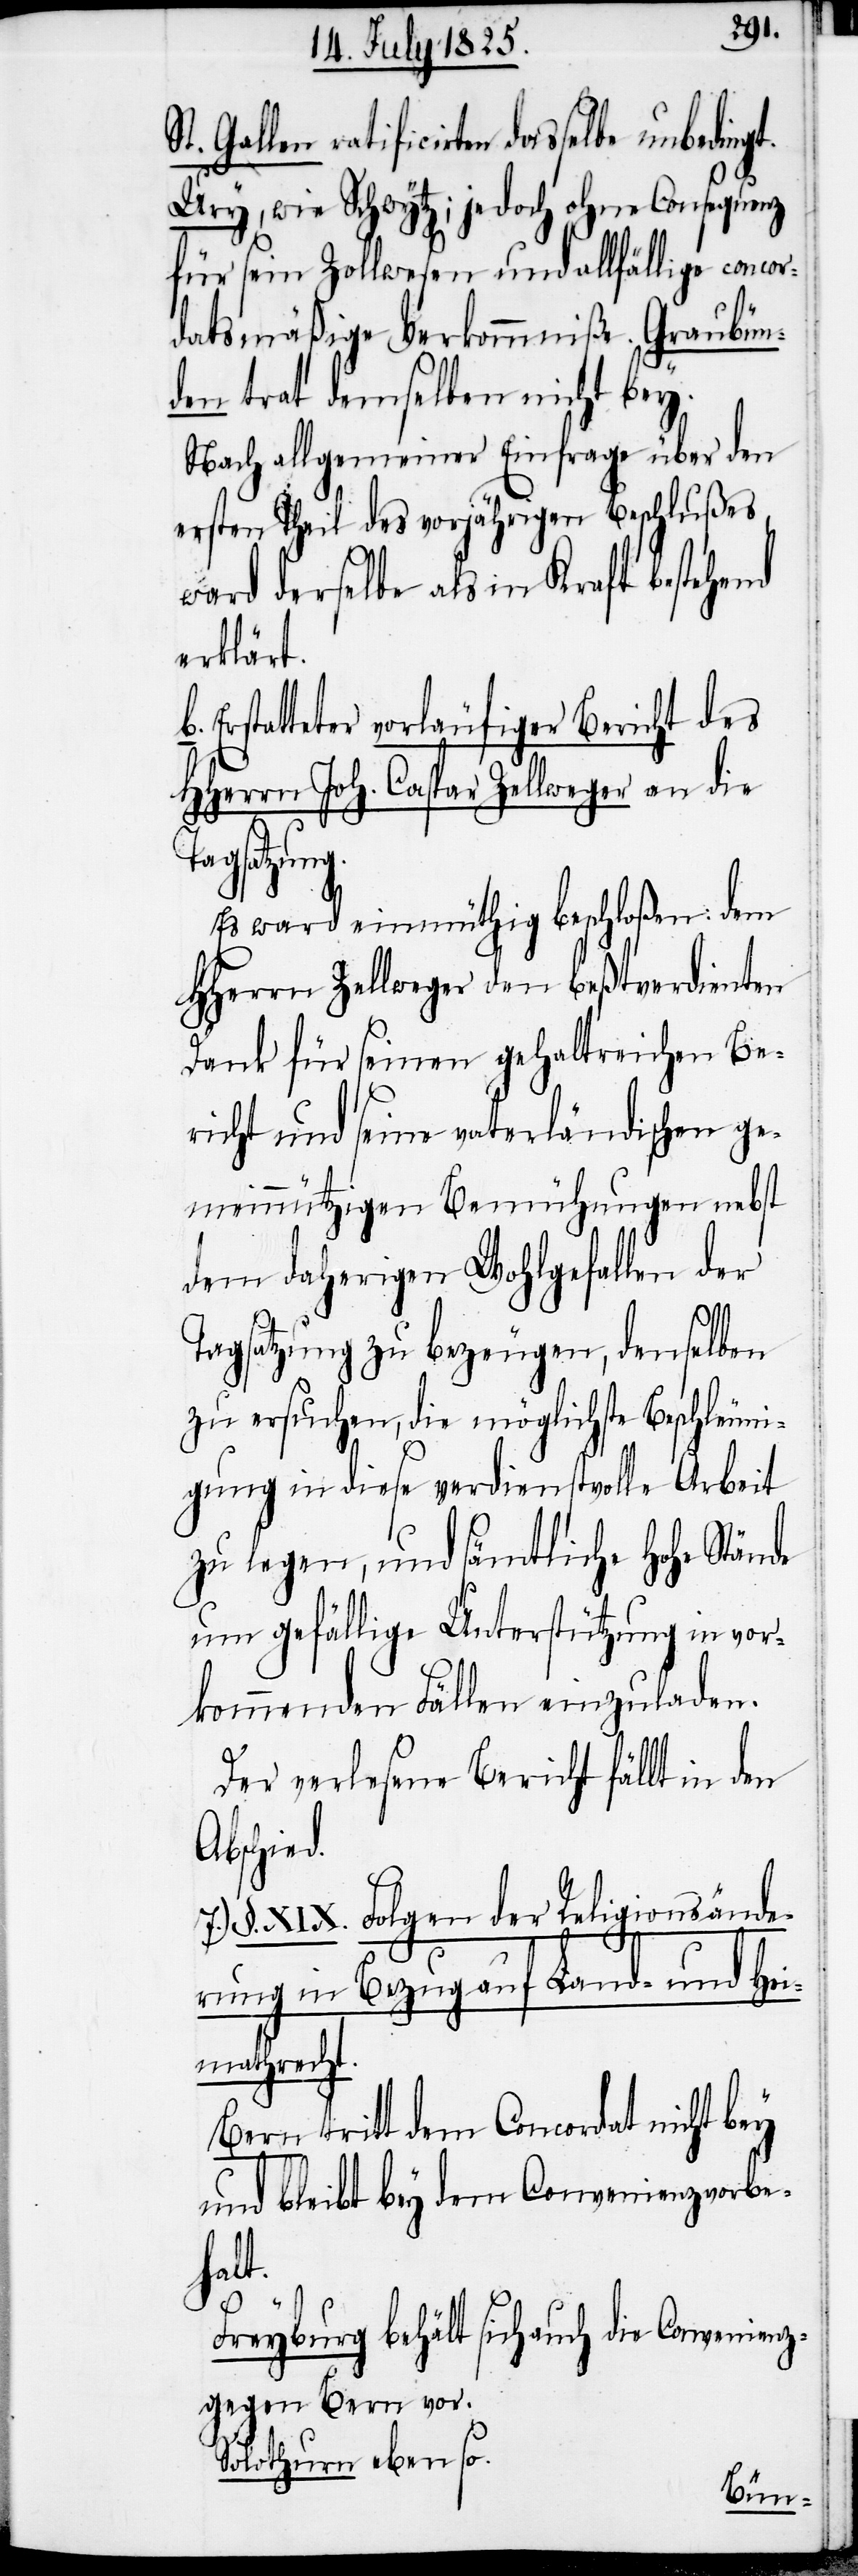
g.
len ratificirten dasselbe unbeding¬
Ury, wie Schwytz; jedoch ohne Consequenz
für sein Zollwesen und allfällige concor¬
datsmäßige Verkommniße. Graubün¬
den trat demselben nicht bey.
Nach allgemeiner Einfrage über den
ersten Theil des vorjährigen Beschlußes
ward derselbe als in Kraft bestehend
verklärt.
Erstatteter vorläufiger Bericht des
HHerrn Joh. Caspar Zellweger an die
Tagsatzun¬
Es ward einmüthig beschloßen dem
HHerrn Zellweger den beßtverdienten
Dank für seinen gehaltreichen Be¬
richt und seine vaterländischen ge¬
meinnützigen Bemühungen nebst
dem daherigen Wohlgefallen der
Tagsatzung zu bezeugen, denselben
zu ersuchen, die möglichste Beschleuni¬
gung in diese verdienstvolle Arbeit
zu legen, und sämtliche Hohe Stände
um gefällige Unterstützung in vor¬
kommenden Fällen einzuladen.
Der verlesene Bericht fällt in den
Abschied.
§. XIX. Folgen der Religionsände¬
rung in Bezug auf Land- und Hei¬
mathrecht.
Bern tritt dem Concordat nicht bey
und bleibt bey dem Convenienzvorbe¬
halt.
Freyburg behält sich auch die Convenienz
gegen Bern vor.
Solothurn ebenso.